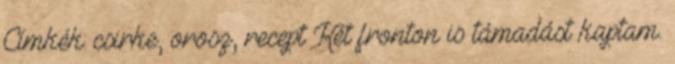
Címkék: csirke, orosz, recept Két fronton is támadást kaptam.